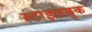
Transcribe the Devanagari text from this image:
स्टाइलबुक